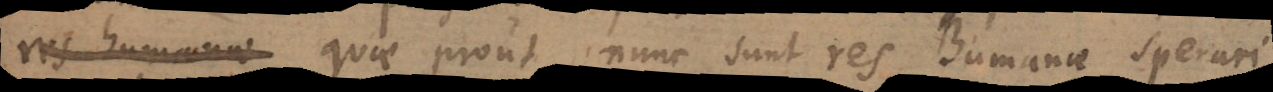
r, quae prout nunc sunt res humanae sperari